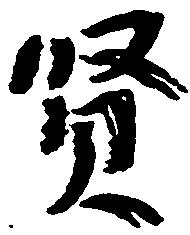
賢